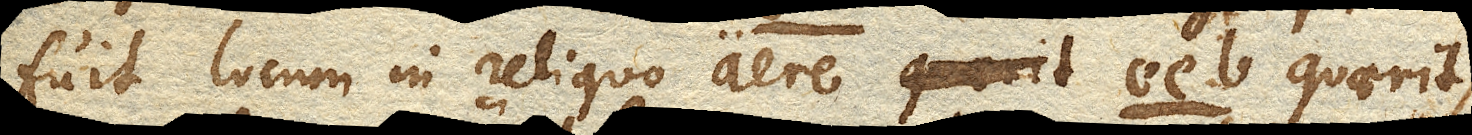
fuit locum in reliquo aere ee b. quaerit,